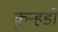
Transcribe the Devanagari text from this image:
कुऱ्हडी